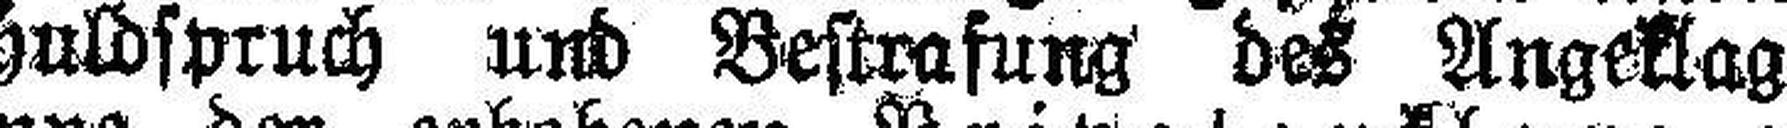
Schuldspruch und Bestrafung des Angeklagten im